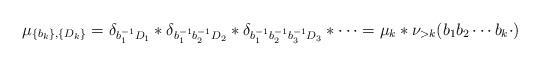
LaTeX: \begin{align*}\begin{aligned} \mu_{\{b_k\},\{D_k\}} =\delta_{b_{1}^{-1}D_1}\ast\delta_{b_{1}^{-1}b_{2}^{-1}D_2}\ast\delta_{b_{1}^{-1}b_{2}^{-1} b_{3}^{-1}D_3}\ast\cdots=\mu_{k}\ast\nu_{>k}(b_{1}b_{2}\cdots b_{k}\cdot)\end{aligned}\end{align*}